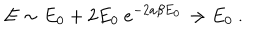
E \sim E _ { 0 } + 2 E _ { 0 } \ e ^ { - 2 a \beta E _ { 0 } } \rightarrow E _ { 0 } \ .